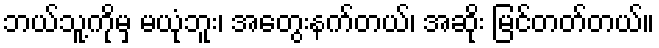
ဘယ်သူ့ကိုမှ မယုံဘူး၊ အတွေးနက်တယ်၊ အဆိုး မြင်တတ်တယ်။